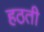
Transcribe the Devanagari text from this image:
हठती